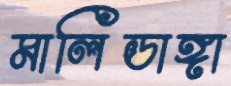
মালিডাঙ্গা